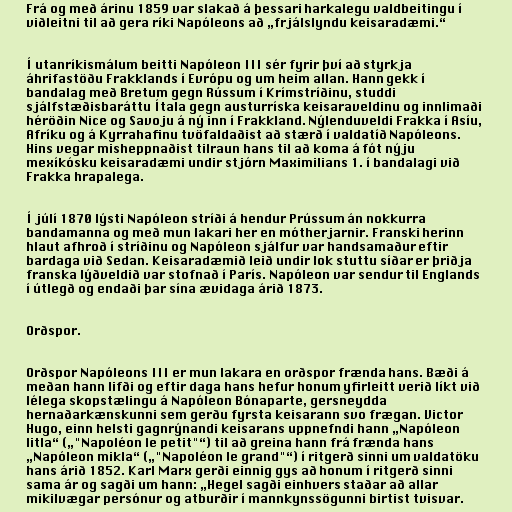
Frá og með árinu 1859 var slakað á þessari harkalegu valdbeitingu í
viðleitni til að gera ríki Napóleons að „frjálslyndu keisaradæmi.“

Í utanríkismálum beitti Napóleon III sér fyrir því að styrkja
áhrifastöðu Frakklands í Evrópu og um heim allan. Hann gekk í
bandalag með Bretum gegn Rússum í Krímstríðinu, studdi
sjálfstæðisbaráttu Ítala gegn austurríska keisaraveldinu og innlimaði
héröðin Nice og Savoju á ný inn í Frakkland. Nýlenduveldi Frakka í Asíu,
Afríku og á Kyrrahafinu tvöfaldaðist að stærð í valdatíð Napóleons.
Hins vegar misheppnaðist tilraun hans til að koma á fót nýju
mexíkósku keisaradæmi undir stjórn Maximilians 1. í bandalagi við
Frakka hrapalega.

Í júlí 1870 lýsti Napóleon stríði á hendur Prússum án nokkurra
bandamanna og með mun lakari her en mótherjarnir. Franski herinn
hlaut afhroð í stríðinu og Napóleon sjálfur var handsamaður eftir
bardaga við Sedan. Keisaradæmið leið undir lok stuttu síðar er þriðja
franska lýðveldið var stofnað í París. Napóleon var sendur til Englands
í útlegð og endaði þar sína ævidaga árið 1873.

Orðspor.

Orðspor Napóleons III er mun lakara en orðspor frænda hans. Bæði á
meðan hann lifði og eftir daga hans hefur honum yfirleitt verið líkt við
lélega skopstælingu á Napóleon Bónaparte, gersneydda
hernaðarkænskunni sem gerðu fyrsta keisarann svo frægan. Victor
Hugo, einn helsti gagnrýnandi keisarans uppnefndi hann „Napóleon
litla“ („"Napoléon le petit"“) til að greina hann frá frænda hans
„Napóleon mikla“ („"Napoléon le grand"“) í ritgerð sinni um valdatöku
hans árið 1852. Karl Marx gerði einnig gys að honum í ritgerð sinni
sama ár og sagði um hann: „Hegel sagði einhvers staðar að allar
mikilvægar persónur og atburðir í mannkynssögunni birtist tvisvar.